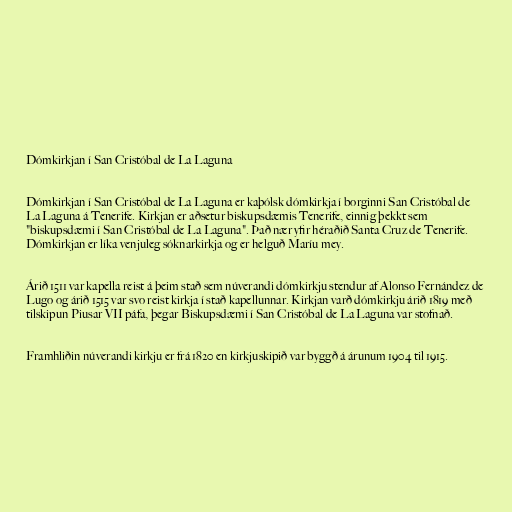
Dómkirkjan í San Cristóbal de La Laguna

Dómkirkjan í San Cristóbal de La Laguna er kaþólsk dómkirkja í borginni San Cristóbal de
La Laguna á Tenerife. Kirkjan er aðsetur biskupsdæmis Tenerife, einnig þekkt sem
"biskupsdæmi í San Cristóbal de La Laguna". Það nær yfir héraðið Santa Cruz de Tenerife.
Dómkirkjan er líka venjuleg sóknarkirkja og er helguð Maríu mey.

Árið 1511 var kapella reist á þeim stað sem núverandi dómkirkju stendur af Alonso Fernández de
Lugo og árið 1515 var svo reist kirkja í stað kapellunnar. Kirkjan varð dómkirkju árið 1819 með
tilskipun Piusar VII páfa, þegar Biskupsdæmi í San Cristóbal de La Laguna var stofnað.

Framhliðin núverandi kirkju er frá 1820 en kirkjuskipið var byggð á árunum 1904 til 1915.